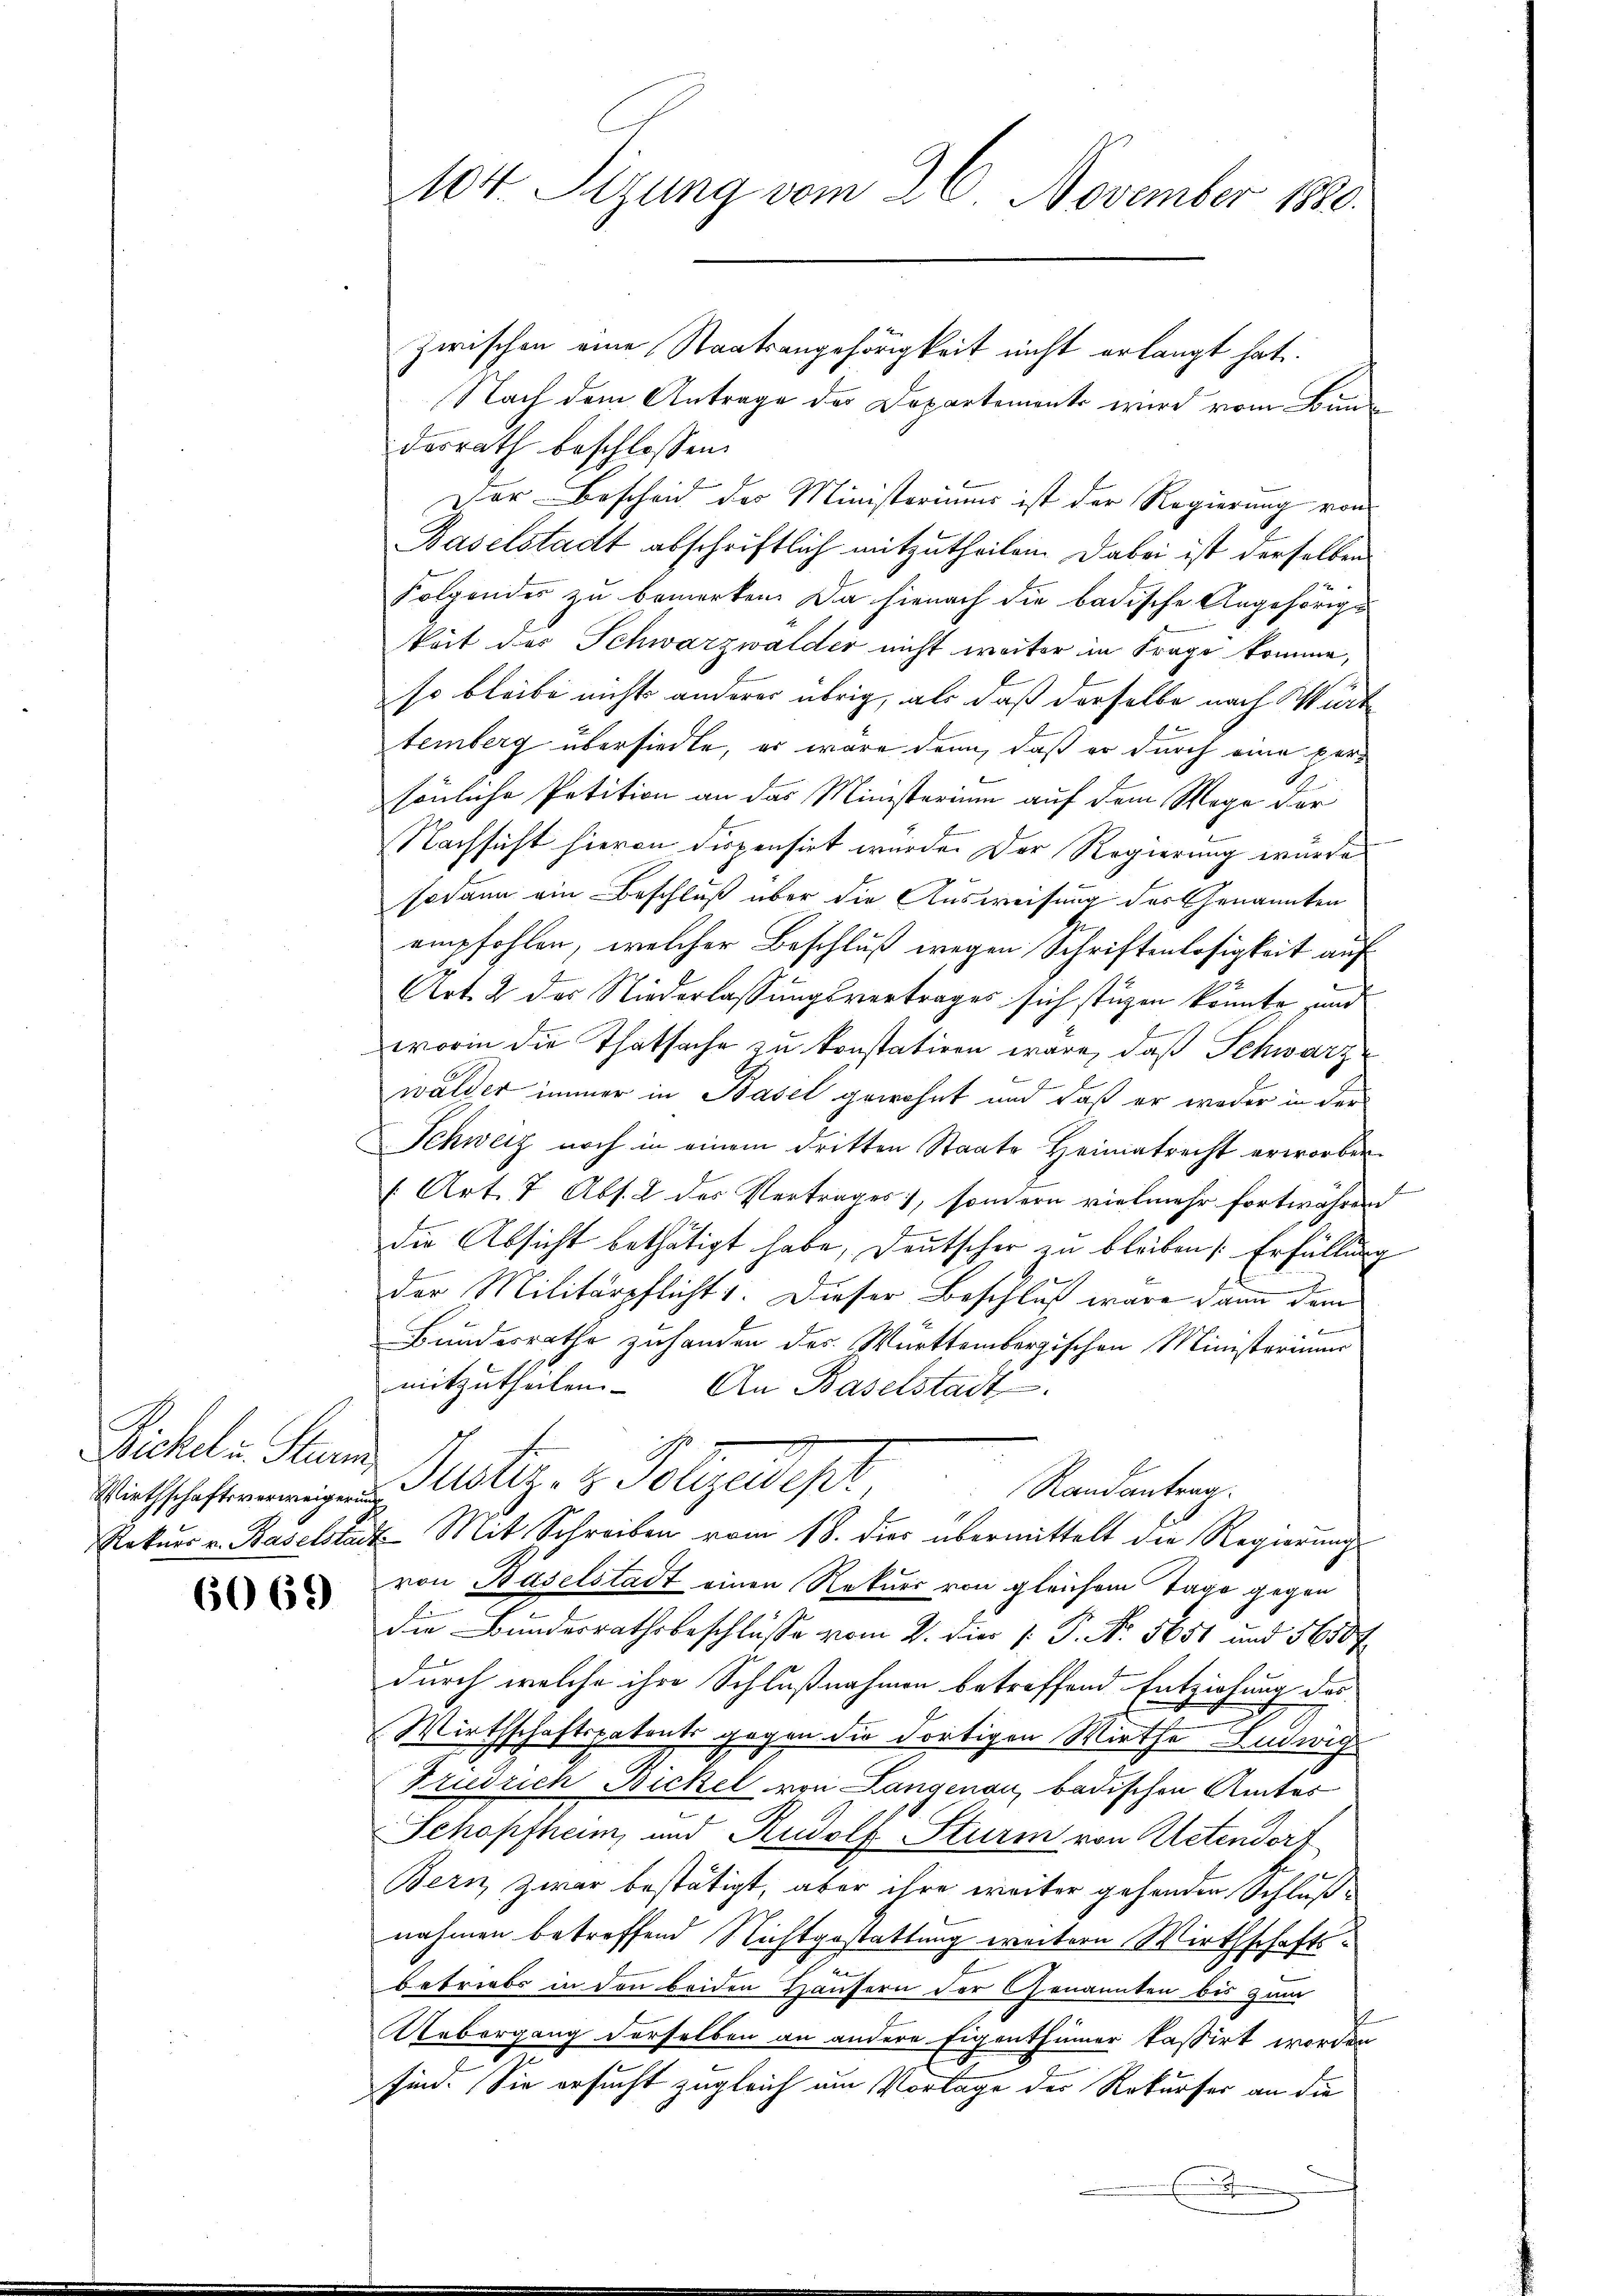
Biche u. Sturm,

6069

104. Sitzung vom 26. November 1880.

Zwischen eine Staatsangehörigkeit nicht erlangt hat.
Nach dem Antrage der Departements wird vom Bundesrath beschlossen:
Der Bescheid der Ministeriums ist der Regierung von
Baselstadt abschriftlich mitzutheilen. Dabei ist derselben
Folgendes zu bemerken. Da hienach die badische Angehörige
keit der Schwarzwalder nicht weiter im Frage komme,
so bleibe nichts anderer übrig, als daß derselbe nach Würt
temberg übersiedte, er wäre dann, daß er durch eine versönliche Petition an das Ministerium auf dem Wege der
Nachsicht hievon dispensirt wurde. Der Regierung wurde
sodann ein Beschluß über die Ausweisung des Genannten
empfohlen, welcher Beschluß wegen Schriftenlosigkeit auf
Art. 2 des Niederlassungsvertrages sich stüzen könnte und
worin die Thatsache zu konstatiren wäre, daß Schwarze
wälder immer in Basel gewohnt und daß er weder in der
Schweiz noch in einem dritten Staate Heimatrecht erworben.
(Art. 7 Abs. 2 des Vertrages, sondern vielmehr fortwähren
die Absicht bethätigt habe, Deutscher zu bleiben Erfüllung
der Militärpflicht 1. Dieser Beschluß wäre dann dem
t
Bundesrathe zuhanden des Württembergischen Ministerium
mitzutheilen. An Baselstadt
Wirtschaftsmannigen Mustiz- & Polizeidept,
Randantrag.
Rekurs v. Baselstadt Mit Schreiben vom 18. dies übermittelt die Regierung
von Baselstadt einen Rekurs von gleichem Tage gegen
die Bundesrathsbeschlüsse vom V. Die P. P. Nr. 5651 und 5600 f
durch welche ihre Schlußnahmen betreffend Entziehung des
Wirthschaftspatente gegen die dortigen Wirthe Ludwigs
Trudrich Bickel von Langenau badischen Amtes
Schopfheim und Rudolf Sturm von Uetendort
Bern zwar bestätigt, aber ihre weiter gehenden Schluß
nahmen betreffend Nichtgestattung weitern Wirthschaftsbetriebs in den beiden Häusern der Genannten bis zum
Uebergang derselben an andere Eigenthümer kassirt worden
sind. Sie ersucht zugleich am Vorlage der Rekurser an die
.
x